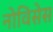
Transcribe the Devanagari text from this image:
नोविसेस